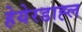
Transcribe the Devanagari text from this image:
हेयेरडाह्ल